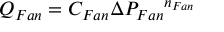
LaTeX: Q _ { F a n } = C _ { F a n } { { \Delta } P _ { F a n } } ^ { n _ { F a n } } \,